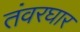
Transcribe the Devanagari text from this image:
तंवरघार